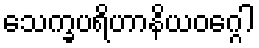
သေက္ခပရိဟာနိယဝဂ္ဂေါ